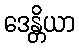
ဒေန္တိယာ